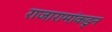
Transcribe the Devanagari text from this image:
राजारामांकडून